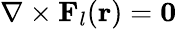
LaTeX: \nabla\times\mathbf{F}_{l}(\mathbf{r})=\mathbf{0}